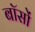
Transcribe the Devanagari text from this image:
बॉसों